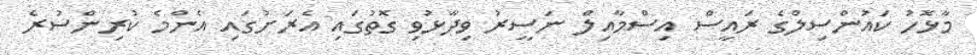
މާޅޮހު ކައުންސިލްގެ ރައީސް އިސްމާއިލް ނަސީރު ވިދާޅުވި ގޮތުގައި އެރަށުގައި އެންމެ ކުރިންސުރެ